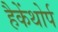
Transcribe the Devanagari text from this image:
हैकेंथोर्प